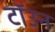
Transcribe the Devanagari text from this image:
टॉउन